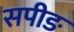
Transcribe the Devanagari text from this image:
सपीङ